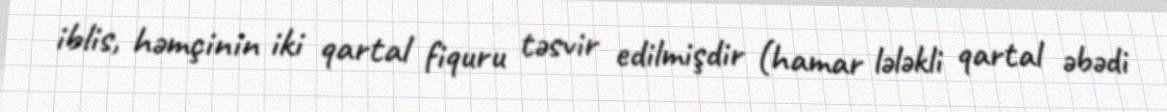
iblis, həmçinin iki qartal fiquru təsvir edilmişdir (hamar lələkli qartal əbədi